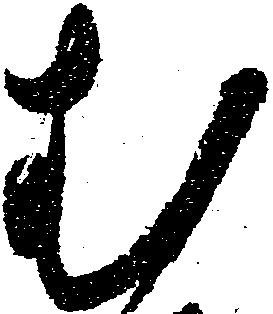
む